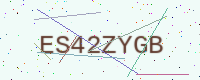
Text: ES42ZYGB